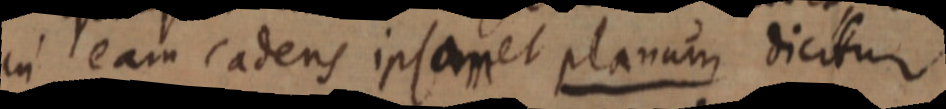
in eam cadens ipsa et planum dicitur